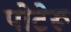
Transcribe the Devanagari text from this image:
पोटेरू